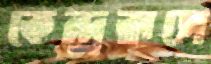
কেন্দ্ররূপে